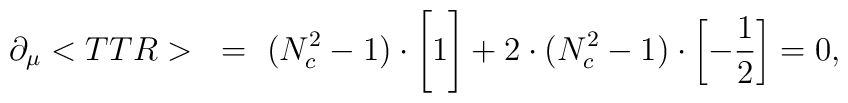
\partial_\mu <TTR>~=~  (N_c^2-1)\cdot                           \left[\vbox{\vspace{2ex}\hbox{1}}\right]                          +2\cdot (N_c^2-1) \cdot \left[-\frac{1}{2}\right]                            = 0,